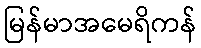
မြန်မာအမေရိကန်